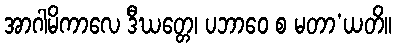
အာဂါမိကာလေ ဒီဃတ္တေ၊ ပဘာဝေ စ မတာ’ယတိ။